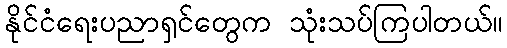
နိုင်ငံရေးပညာရှင်တွေက သုံးသပ်ကြပါတယ်။